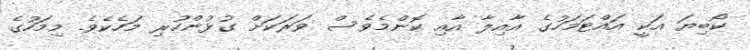
ކޯބިޔަ އަކީ އައްޓަމަހުގެ އާއިލާ އާއި ކޮންމެވެސް ވަރަކަށް ގުޅުންހުރި މަހެކެވެ. މިމަހުގެ